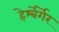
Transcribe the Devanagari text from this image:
हेर्श्बेर्गेर